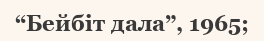
“Бейбіт дала”, 1965;